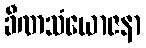
ခီဏသံယောဇနာ